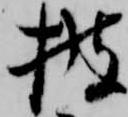
披